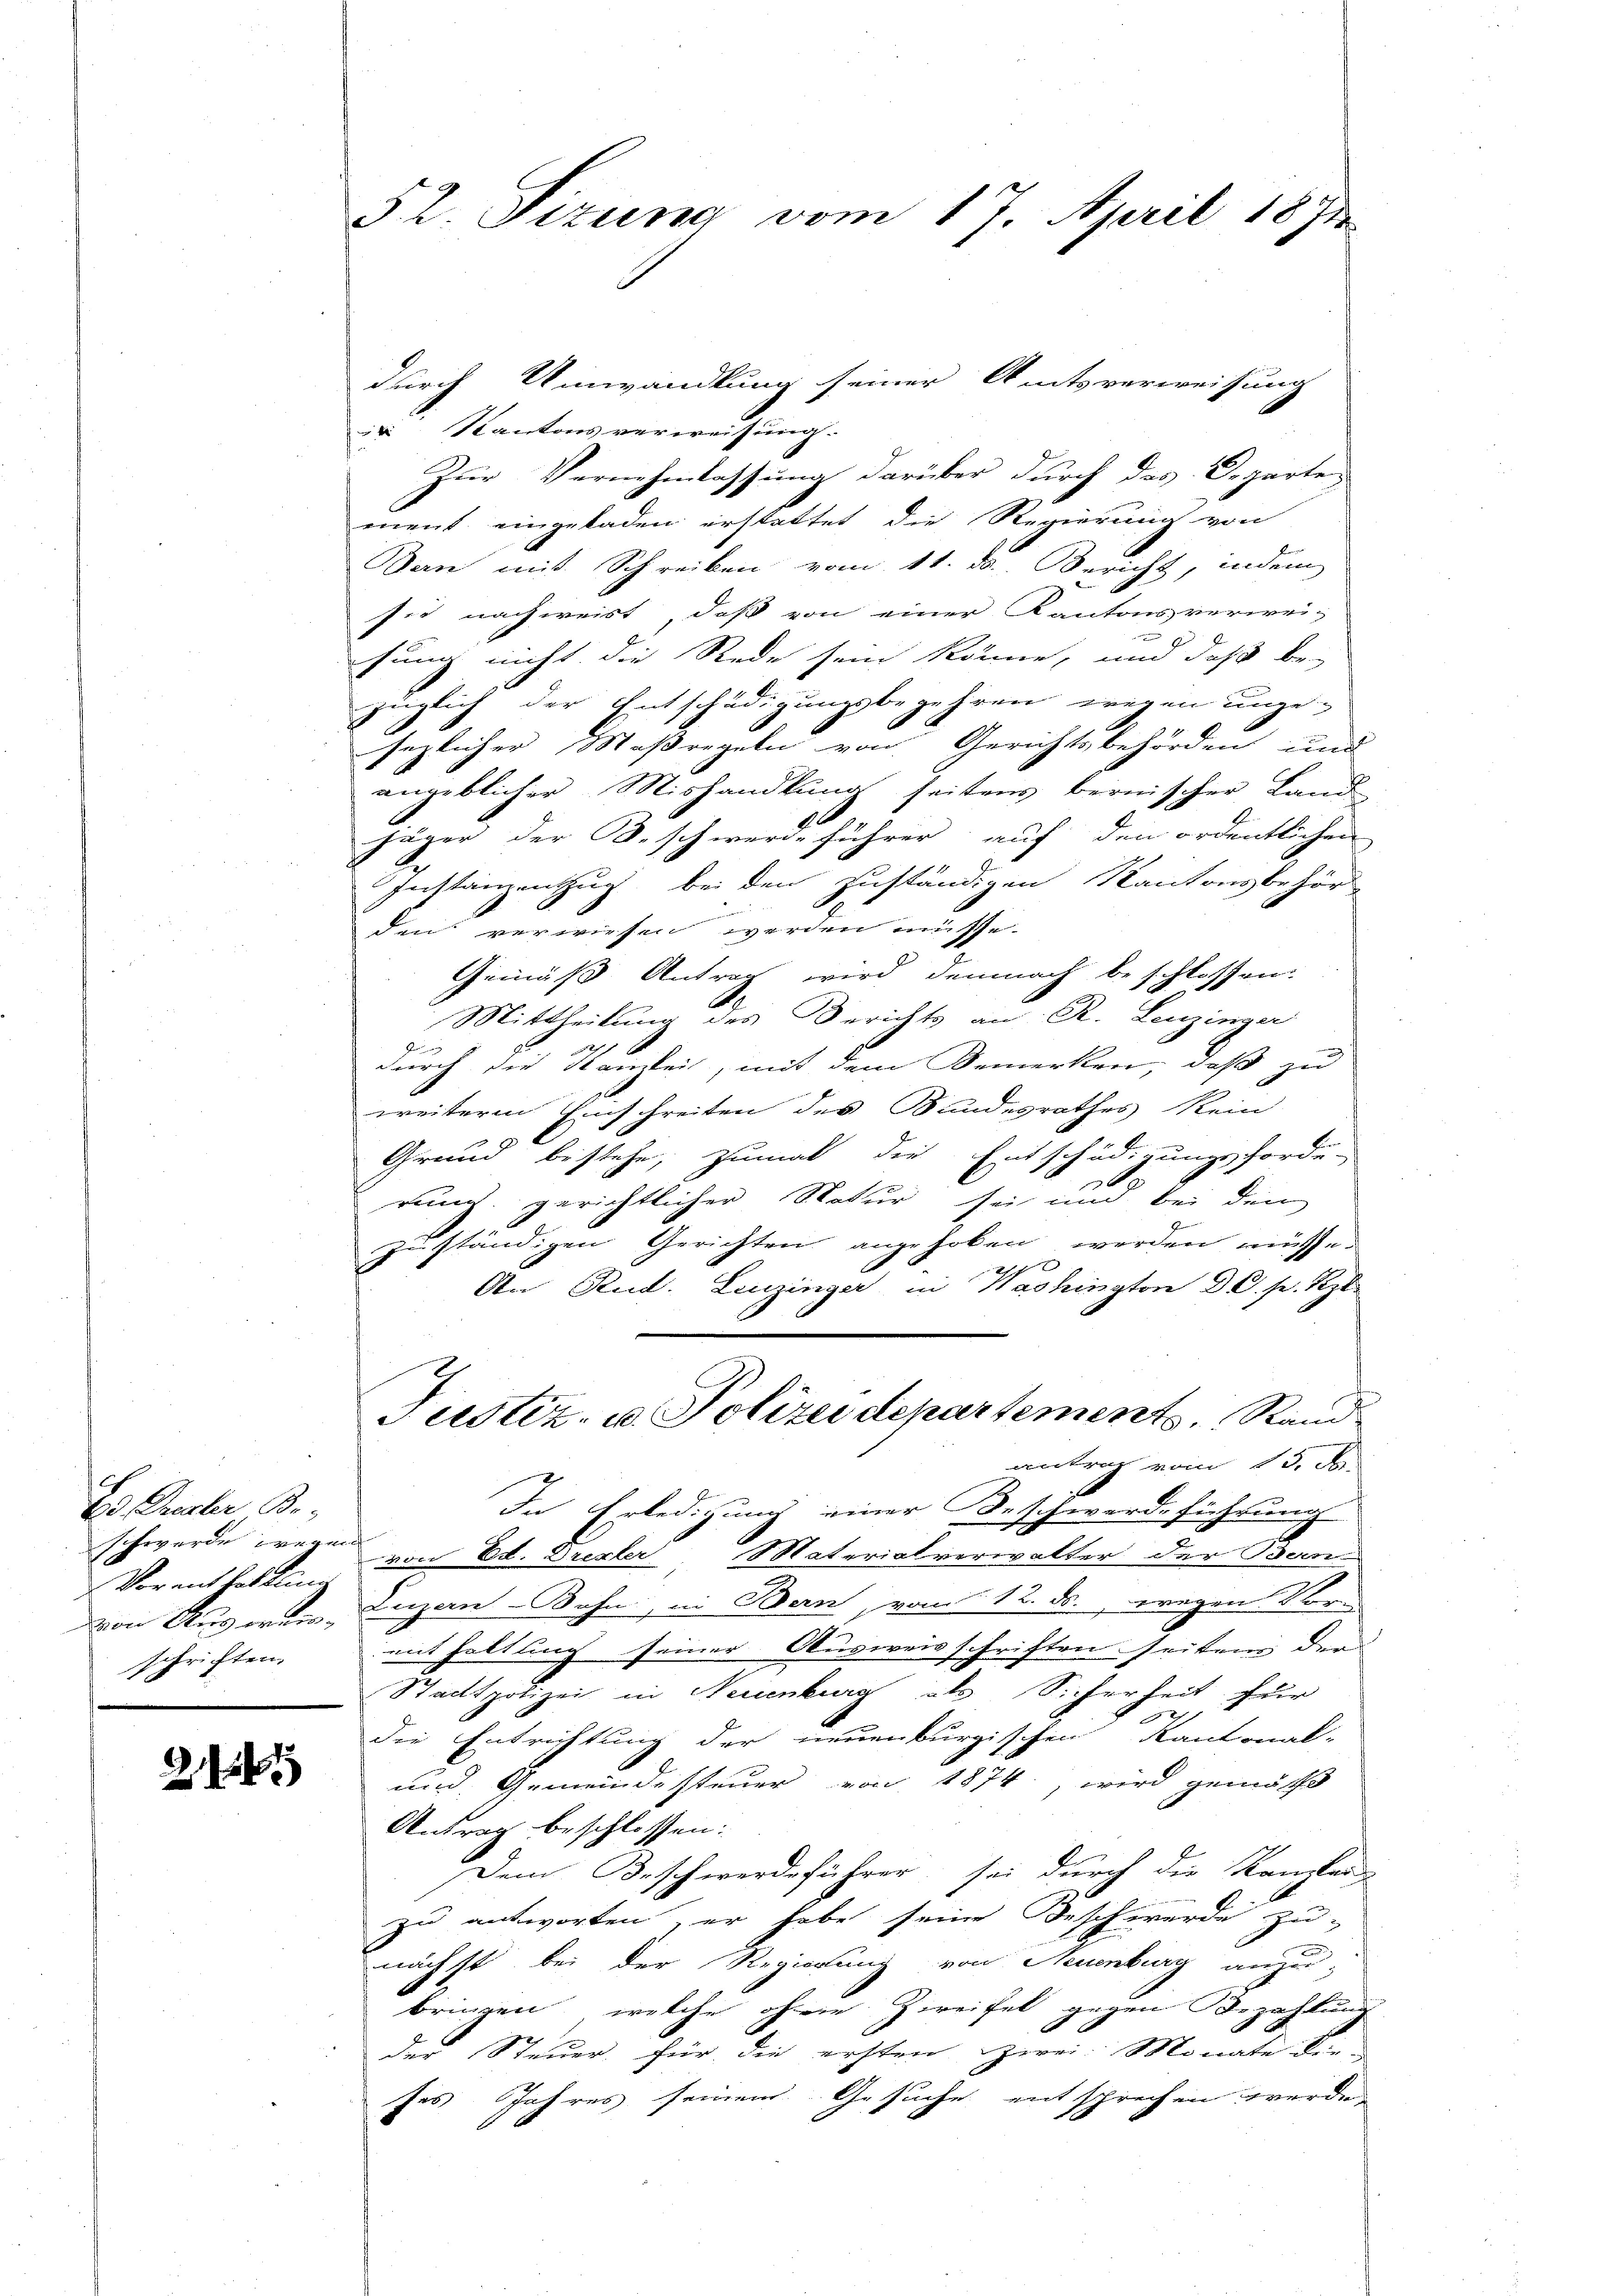
Es Presler B.
schwerde wegen
Verant beschlimme
von Aus erwerschriften.

2

52. Sizung vom 17. April 1891

durch Umwandlung seiner Amtsverweisung
 Kantons verweisung.
Zur Vernehmlassung darüber durch das Departe
ment eingeladen erstattet die Regierung von
Dan mit Schreiben vom 11. ds. Bericht, indem
sie nachweist, daß von einer Kantonsverwei-

fung nicht die Rede sein könne, um daß bei
züglich der Entschädigungsbegehren wegen unge-
sezlicher Maßregeln von Gerichtsbehörden und
angeblicher Mishandlung seitens bernischer Land-
jäger der B. schwerdeführer auf den ordentlichen
Instanzenzug bei den zuständigen Kantonsbehör
den verwiesen werden müsse.
Gemäß Antrag wird demnach beschlossen:
.
Mittheilung des Berichts an R. Leuzinger
durch die Kanzlei, mit dem Bemerken, daß zu
weitere Einschreiten des Bundesrathes kein
Grund bestehe, zumal die Entschädigungsforde-
1
rung gerichtlicher Natur sei um bei den
zuständigen Gerichten angehoben werden müsse.
fx
An Stud. Leuzinger in Washington D C. s. Sept.
Justiz- u. Polizeidepartements, Stand
antrag vom 15. ds.
i
In Erledigung einer Beschwerdeführung
von Ed. Drexler Materialverwalter der Bern
Luzern Bohn, in Bern, vom 12. ds., wegen Vor-
eit haltung seiner Ausweisschriften seiten der
Stadtpolizei in Neuenburg als Sicherheit für
2
die Entrichtung der neuenburgischen Kantonal-
und Gemeindesteuer von 1874, wird gemäß
Antrag beschlossen:
Dem Beschwerdeführer sei durch die Kanzlei-
zu antworten, er habe seine Beschwerde zu-
nächst bei der Regierung von Neuenburg anzu-
bringen, welche ohne Zweifel gegen Bezahlung
der Steuer für die ersten Zwei Monate die
ses Jahres seinem Gesuche entsprechen werde.